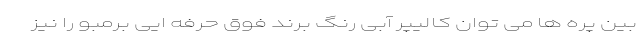
بین پره ها می توان کالیپر آبی رنگ برند فوق حرفه ایی برمبو را نیز